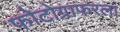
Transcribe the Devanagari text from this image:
फोटोग्राफरला